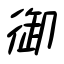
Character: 御